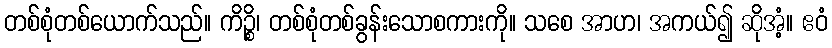
တစ်စုံတစ်ယောက်သည်။ ကိဉ္စိ၊ တစ်စုံတစ်ခွန်းသောစကားကို။ သစေ အာဟ၊ အကယ်၍ ဆိုအံ့။ ဧဝံ